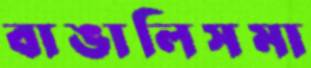
বাঙালিসমা